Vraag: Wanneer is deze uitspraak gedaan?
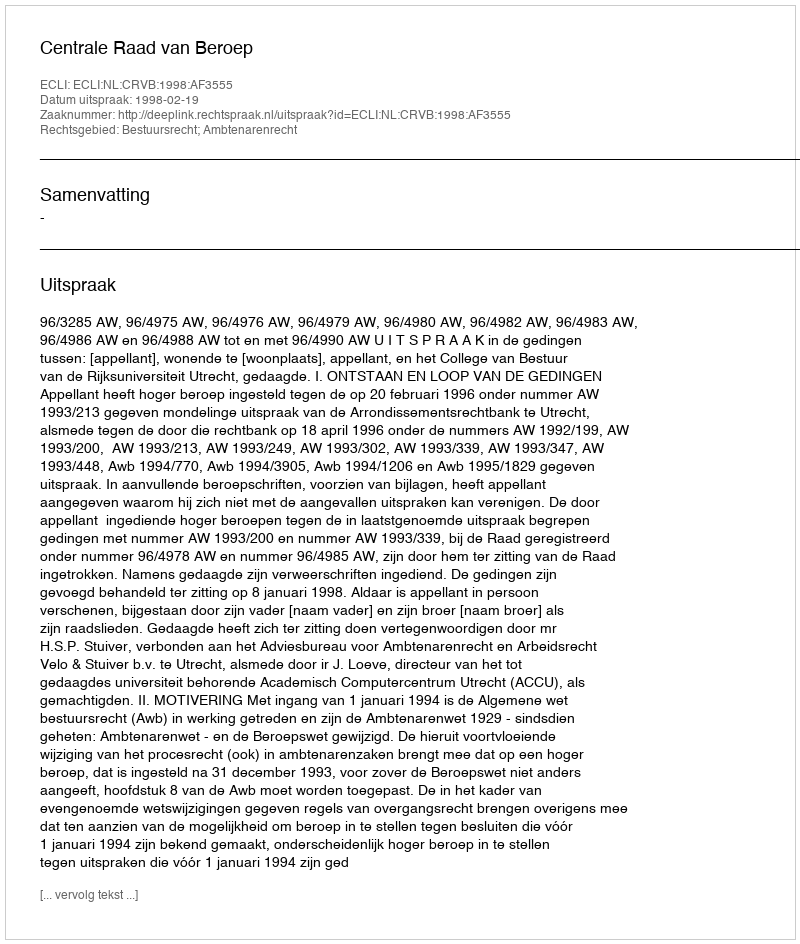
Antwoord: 1998-02-19